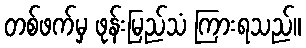
တစ်ဖက်မှ ဖုန်းမြည်သံ ကြားရသည်။